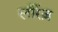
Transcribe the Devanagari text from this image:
लौरेंज़